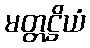
မတ္တဋ္ဌိယံ